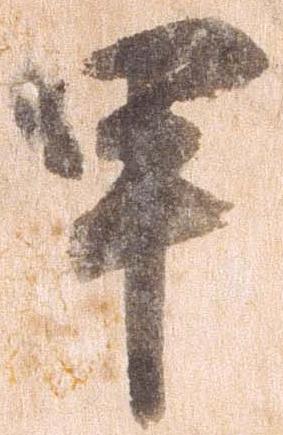
甲